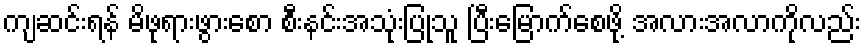
ကျဆင်းရန် မိဖုရားဖွားစော စီးနင်းအသုံးပြုသူ ပြီးမြောက်စေဖို့ အလားအလာကိုလည်း